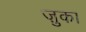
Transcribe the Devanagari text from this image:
ज़ुका